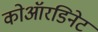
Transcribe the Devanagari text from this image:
कोऑरडिनेट